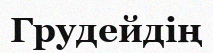
Грудейдің